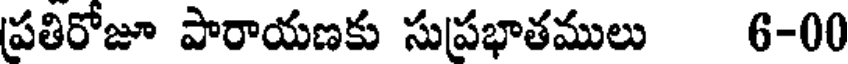
ప్రతిరోజూ పారాయణకు సుప్రభాతములు 6-00